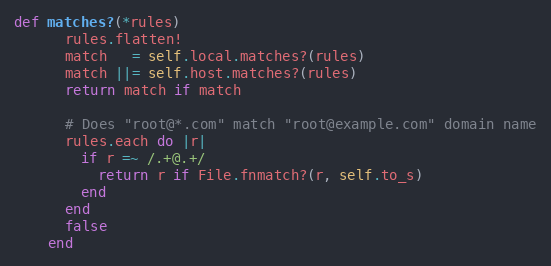
Language: Ruby
def matches?(*rules)
      rules.flatten!
      match   = self.local.matches?(rules)
      match ||= self.host.matches?(rules)
      return match if match

      # Does "root@*.com" match "root@example.com" domain name
      rules.each do |r|
        if r =~ /.+@.+/
          return r if File.fnmatch?(r, self.to_s)
        end
      end
      false
    end